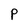
Character: P